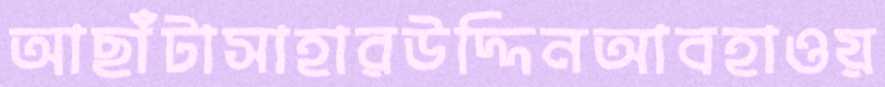
আছাঁটাসাহারউদ্দিনআবহাওয়